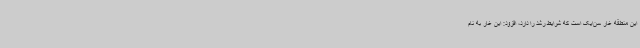
این منطقه غار سن‌ایک است که شرایط رشد را دارد، افزود: این غار به نام